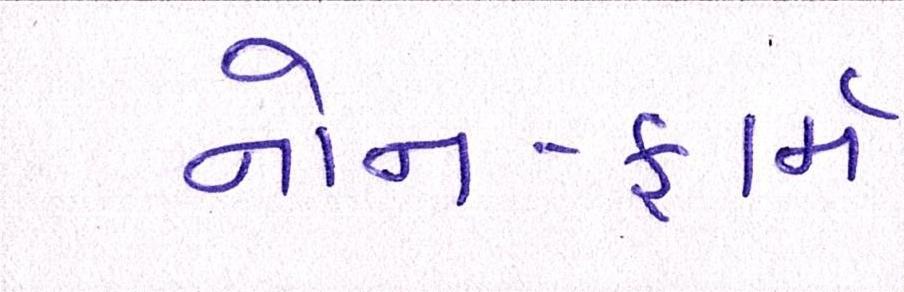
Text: નોન-ફાર્મ